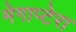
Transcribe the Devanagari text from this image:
मेगाप्टेरा